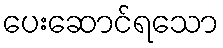
ပေးဆောင်ရသော